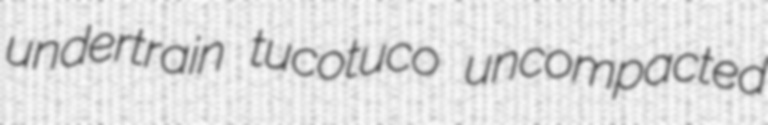
undertrain tucotuco uncompacted